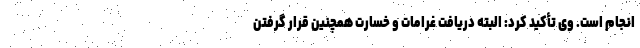
انجام است. وی تأکید کرد: البته دریافت غرامات و خسارت همچنین قرار گرفتن